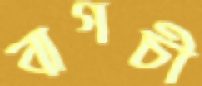
বাগচী